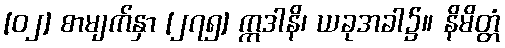
[၀၂] စာမျက်နှာ [၂၇၅] ဣဒါနိ၊ ယခုအခါ၌။ နိမိတ္တံ